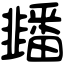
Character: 䪤